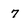
Character: 7